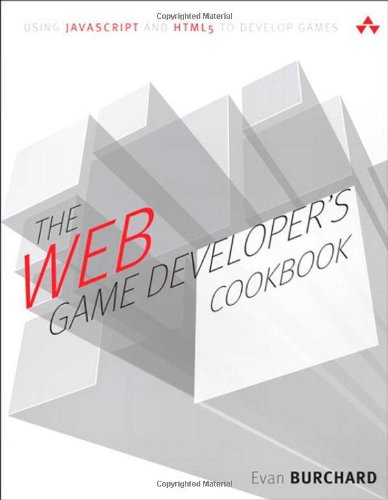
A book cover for The Web Game Developer's Cookbook: Using JavaScript and HTML5 to Develop Games (Game Design); Evan Burchard; Computers & Technology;